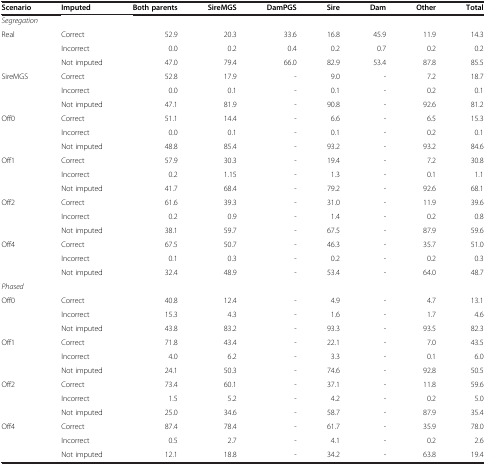
<table><thead><tr><td><b>Scenario</b></td><td><b>Imputed</b></td><td><b>Both parents</b></td><td><b>SireMGS</b></td><td><b>DamPGS</b></td><td><b>Sire</b></td><td><b>Dam</b></td><td><b>Other</b></td><td><b>Total</b></td></tr></thead><tbody><tr><td colspan="2"><i>Segregation</i></td><td> </td><td> </td><td> </td><td> </td><td> </td><td> </td><td> </td></tr><tr><td>Real</td><td>Correct</td><td>52.9</td><td>20.3</td><td>33.6</td><td>16.8</td><td>45.9</td><td>11.9</td><td>14.3</td></tr><tr><td> </td><td>Incorrect</td><td>0.0</td><td>0.2</td><td>0.4</td><td>0.2</td><td>0.7</td><td>0.2</td><td>0.2</td></tr><tr><td> </td><td>Not imputed</td><td>47.0</td><td>79.4</td><td>66.0</td><td>82.9</td><td>53.4</td><td>87.8</td><td>85.5</td></tr><tr><td>SireMGS</td><td>Correct</td><td>52.8</td><td>17.9</td><td>-</td><td>9.0</td><td>-</td><td>7.2</td><td>18.7</td></tr><tr><td> </td><td>Incorrect</td><td>0.0</td><td>0.1</td><td>-</td><td>0.1</td><td>-</td><td>0.2</td><td>0.1</td></tr><tr><td> </td><td>Not imputed</td><td>47.1</td><td>81.9</td><td>-</td><td>90.8</td><td>-</td><td>92.6</td><td>81.2</td></tr><tr><td>Off0</td><td>Correct</td><td>51.1</td><td>14.4</td><td>-</td><td>6.6</td><td>-</td><td>6.5</td><td>15.3</td></tr><tr><td> </td><td>Incorrect</td><td>0.0</td><td>0.1</td><td>-</td><td>0.1</td><td>-</td><td>0.2</td><td>0.1</td></tr><tr><td> </td><td>Not imputed</td><td>48.8</td><td>85.4</td><td>-</td><td>93.2</td><td>-</td><td>93.2</td><td>84.6</td></tr><tr><td>Off1</td><td>Correct</td><td>57.9</td><td>30.3</td><td>-</td><td>19.4</td><td>-</td><td>7.2</td><td>30.8</td></tr><tr><td> </td><td>Incorrect</td><td>0.2</td><td>1.15</td><td>-</td><td>1.3</td><td>-</td><td>0.1</td><td>1.1</td></tr><tr><td> </td><td>Not imputed</td><td>41.7</td><td>68.4</td><td>-</td><td>79.2</td><td>-</td><td>92.6</td><td>68.1</td></tr><tr><td>Off2</td><td>Correct</td><td>61.6</td><td>39.3</td><td>-</td><td>31.0</td><td>-</td><td>11.9</td><td>39.6</td></tr><tr><td> </td><td>Incorrect</td><td>0.2</td><td>0.9</td><td>-</td><td>1.4</td><td>-</td><td>0.2</td><td>0.8</td></tr><tr><td> </td><td>Not imputed</td><td>38.1</td><td>59.7</td><td>-</td><td>67.5</td><td>-</td><td>87.9</td><td>59.6</td></tr><tr><td>Off4</td><td>Correct</td><td>67.5</td><td>50.7</td><td>-</td><td>46.3</td><td>-</td><td>35.7</td><td>51.0</td></tr><tr><td> </td><td>Incorrect</td><td>0.1</td><td>0.3</td><td>-</td><td>0.2</td><td>-</td><td>0.2</td><td>0.3</td></tr><tr><td> </td><td>Not imputed</td><td>32.4</td><td>48.9</td><td>-</td><td>53.4</td><td>-</td><td>64.0</td><td>48.7</td></tr><tr><td colspan="2"><i>Phased</i></td><td> </td><td> </td><td> </td><td> </td><td> </td><td> </td><td> </td></tr><tr><td>Off0</td><td>Correct</td><td>40.8</td><td>12.4</td><td>-</td><td>4.9</td><td>-</td><td>4.7</td><td>13.1</td></tr><tr><td> </td><td>Incorrect</td><td>15.3</td><td>4.3</td><td>-</td><td>1.6</td><td>-</td><td>1.7</td><td>4.6</td></tr><tr><td> </td><td>Not imputed</td><td>43.8</td><td>83.2</td><td>-</td><td>93.3</td><td>-</td><td>93.5</td><td>82.3</td></tr><tr><td>Off1</td><td>Correct</td><td>71.8</td><td>43.4</td><td>-</td><td>22.1</td><td>-</td><td>7.0</td><td>43.5</td></tr><tr><td> </td><td>Incorrect</td><td>4.0</td><td>6.2</td><td>-</td><td>3.3</td><td>-</td><td>0.1</td><td>6.0</td></tr><tr><td> </td><td>Not imputed</td><td>24.1</td><td>50.3</td><td>-</td><td>74.6</td><td>-</td><td>92.8</td><td>50.5</td></tr><tr><td>Off2</td><td>Correct</td><td>73.4</td><td>60.1</td><td>-</td><td>37.1</td><td>-</td><td>11.8</td><td>59.6</td></tr><tr><td> </td><td>Incorrect</td><td>1.5</td><td>5.2</td><td>-</td><td>4.2</td><td>-</td><td>0.2</td><td>5.0</td></tr><tr><td> </td><td>Not imputed</td><td>25.0</td><td>34.6</td><td>-</td><td>58.7</td><td>-</td><td>87.9</td><td>35.4</td></tr><tr><td>Off4</td><td>Correct</td><td>87.4</td><td>78.4</td><td>-</td><td>61.7</td><td>-</td><td>35.9</td><td>78.0</td></tr><tr><td> </td><td>Incorrect</td><td>0.5</td><td>2.7</td><td>-</td><td>4.1</td><td>-</td><td>0.2</td><td>2.6</td></tr><tr><td> </td><td>Not imputed</td><td>12.1</td><td>18.8</td><td>-</td><td>34.2</td><td>-</td><td>63.8</td><td>19.4</td></tr></tbody></table>